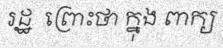
រដ្ឋ  ព្រោះថា ក្នុង ពាក្យ